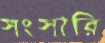
সংসারি